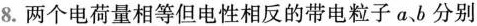
8.两个电荷量相等但电性相反的带电粒子a、b分别